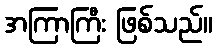
အကြာကြီး ဖြစ်သည်။